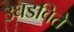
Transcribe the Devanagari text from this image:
उघडविते